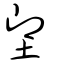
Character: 堲